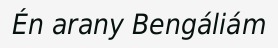
Én arany Bengáliám